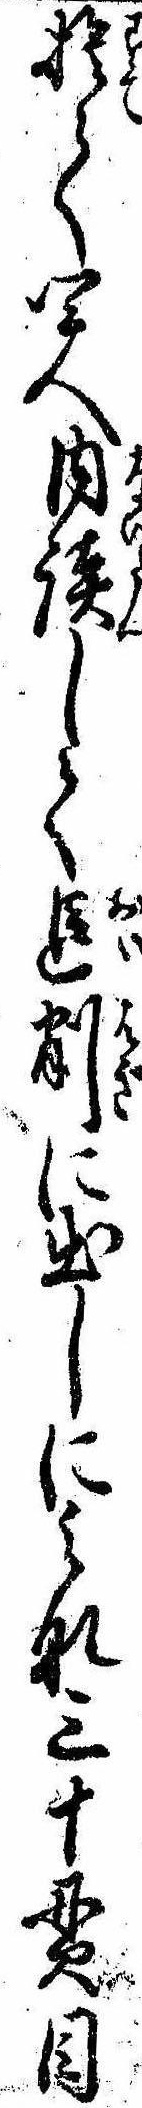
捨て四人内談して追削に出しにみな三十貫目